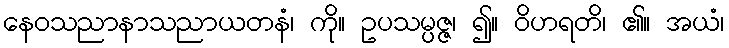
နေဝသညာနာသညာယတနံ၊ ကို။ ဥပသမ္ပဇ္ဇ၊ ၍။ ဝိဟရတိ၊ ၏။ အယံ၊